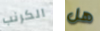
الكرنب هل